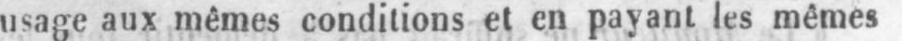
usage aux mêmes conditions et en payant les mêmes